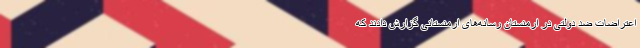
اعتراضات ضد دولتی در ارمنستان رسانه‌های ارمنستانی گزارش دادند که